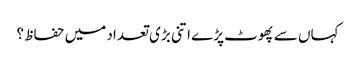
کہاں سے پھوٹ پڑے اتنی بڑی تعداد میں حفاظ ؟